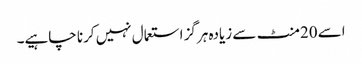
اسے 20منٹ سے زیادہ ہرگز استعمال نہیں کرنا چاہیے۔